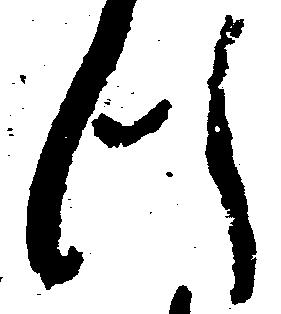
つ